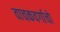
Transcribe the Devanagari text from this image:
वाचकवर्गाचो